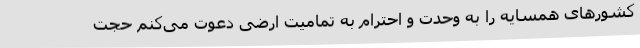
کشورهای همسایه را به وحدت و احترام به تمامیت ارضی دعوت می‌کنم حجت